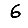
Digit: 6